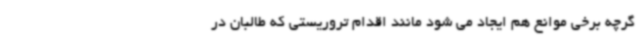
گرچه برخی موانع هم ایجاد می شود مانند اقدام تروریستی که طالبان در